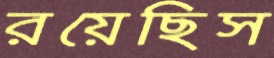
রয়েছিস